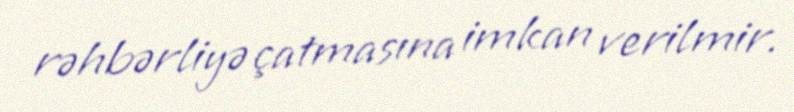
rəhbərliyə çatmasına imkan verilmir.